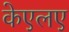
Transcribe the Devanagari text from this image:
केएलए